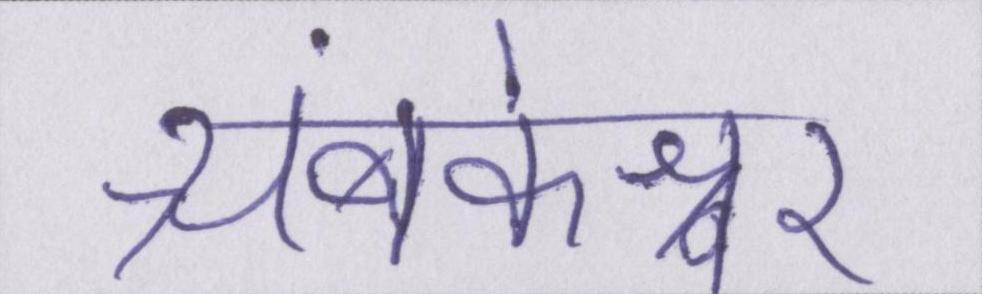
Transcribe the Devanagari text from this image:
त्र्यंबकेश्वर